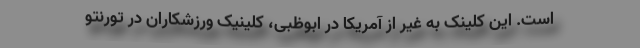
است. این کلینک به غیر از آمریکا در ابوظبی، کلینیک ورزشکاران در تورنتو